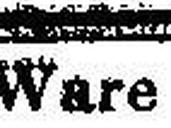
Ware